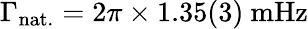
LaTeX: \Gamma_{\mathrm{nat.}}=2\pi\times 1.35(3)~\mathrm{mHz}